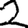
Digit: 2